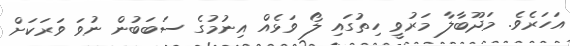
އަހަރެވެ. މަދޫބާލާ މަރުވީ ހިތުގައި ލޯ ވަޅެއް އިނުމުގެ ސަބަބުން ނުވަ ވަރަކަށް